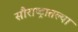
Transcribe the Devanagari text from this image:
सौराष्ट्रातल्या